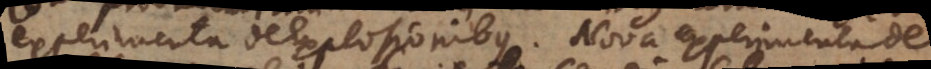
experimenta de explosionibus. Nova experimenta de